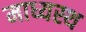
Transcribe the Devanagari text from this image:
माध्यस्थ